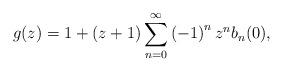
LaTeX: \begin{align*}g(z)=1+\left( z+1\right) \sum_{n=0}^{\infty}\left( -1\right) ^{n}z^{n}b_{n}(0), \end{align*}